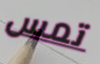
تمس